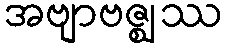
အဗျာဗဇ္ဈဿ